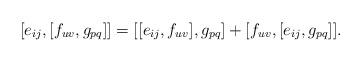
LaTeX: \begin{align*}[e_{ij},[f_{uv},g_{pq}]]=[[e_{ij},f_{uv}],g_{pq}]+[f_{uv},[e_{ij},g_{pq}]].\end{align*}